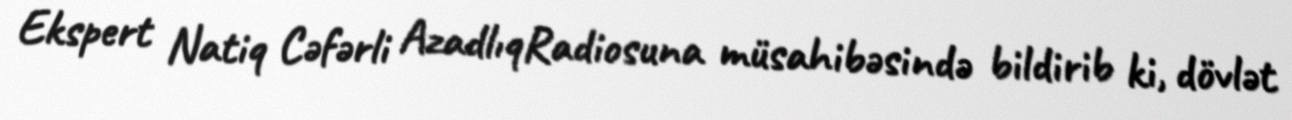
Ekspert Natiq Cəfərli AzadlıqRadiosuna müsahibəsində bildirib ki, dövlət